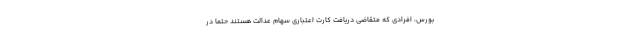
بورس، افرادی که متقاضی دریافت کارت اعتباری سهام عدالت هستند حتما در